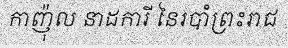
កាញ៉ុល នាដការី នៃរបាំព្រះរាជ